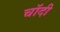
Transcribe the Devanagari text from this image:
चॉदी